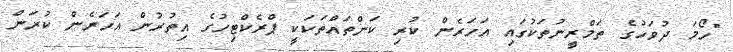
"ހޯމަ ދުވަހުގެ ތަމްރީނުތަކުގައި އަހަރެން ކުރި ކަންތައްތަކަކީ ޕްރެކްޓިހުގެ އިތުރުން އަހަރެން ކުރަން